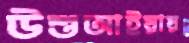
উশুআইয়ায়